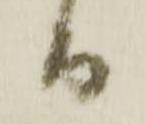
而